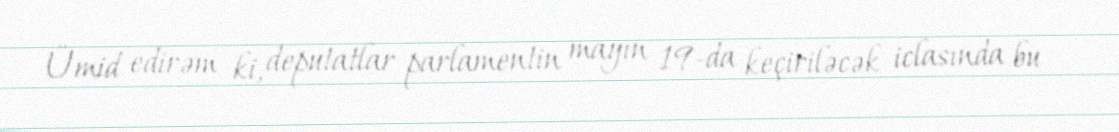
Ümid edirəm ki, deputatlar parlamentin mayın 19-da keçiriləcək iclasında bu